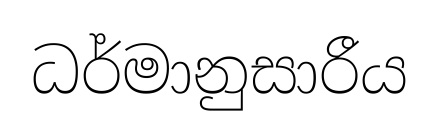
ධර්මානුසාරීය